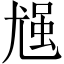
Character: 𪨈